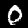
Digit: 0